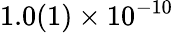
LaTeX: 1.0(1)\times 10^{-10}